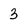
Character: 3